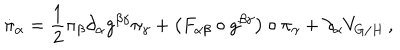
LaTeX: \dot { \pi } _ { \alpha } = \frac { 1 } { 2 } \pi _ { \beta } \partial _ { \alpha } g ^ { \beta \gamma } \pi _ { \gamma } + \left( F _ { \alpha \beta } \circ g ^ { \beta \gamma } \right) \circ \pi _ { \gamma } + \partial _ { \alpha } V _ { G / H } \, ,